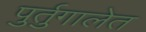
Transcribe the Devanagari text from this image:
पुर्तुगालेत